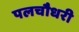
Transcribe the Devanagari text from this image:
पलचौधरी